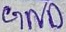
Text: GND